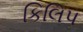
કિલિપ